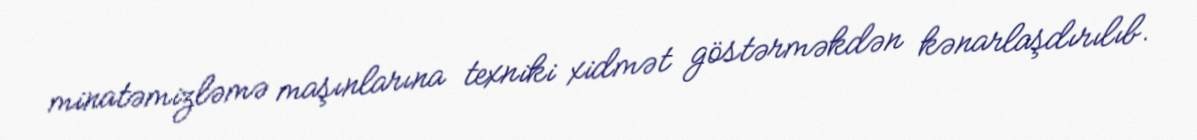
minatəmizləmə maşınlarına texniki xidmət göstərməkdən kənarlaşdırılıb.